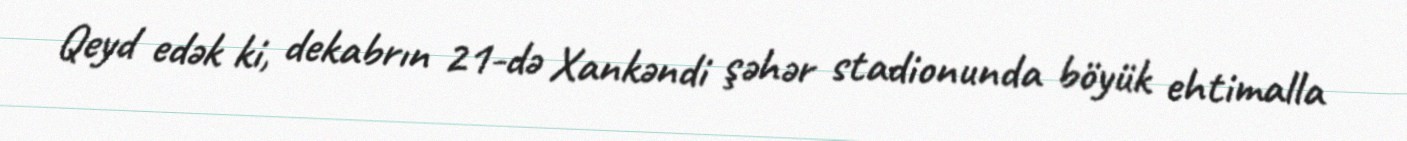
Qeyd edək ki, dekabrın 21-də Xankəndi şəhər stadionunda böyük ehtimalla